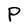
Character: P